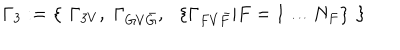
\Gamma _ { 3 } : = \left\{ \, \, \Gamma _ { 3 V } , \, \, \Gamma _ { G V { \bar { G } } } , \, \, \, \, \left\{ \Gamma _ { F V { \bar { F } } } | F = 1 \ldots N _ { F } \right\} \, \, \right\}